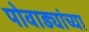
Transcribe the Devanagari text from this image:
पोवाड्यांच्या